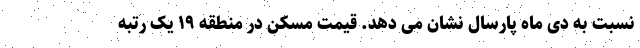
نسبت به دی ماه پارسال نشان می دهد. قیمت مسکن در منطقه ۱۹ یک رتبه